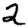
Digit: 2